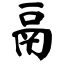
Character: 鬲